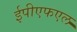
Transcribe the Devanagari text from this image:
ईपीएफएल